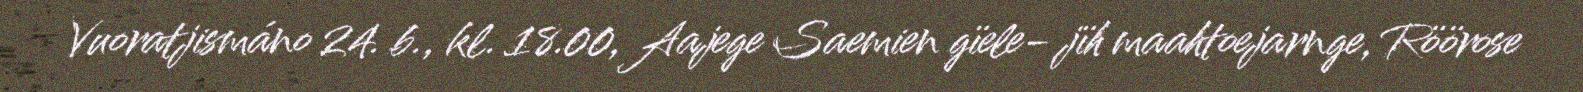
Vuoratjismáno 24. b., kl. 18.00, Aajege Saemien gïele- jïh maahtoejarnge, Röörose